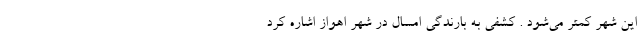
این شهر کمتر می‌شود . کشفی به بارندگی امسال در شهر اهواز اشاره کرد